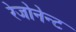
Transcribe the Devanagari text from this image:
रेजोनेन्ट